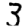
Digit: 3